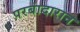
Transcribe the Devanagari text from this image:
परबांदारान